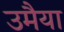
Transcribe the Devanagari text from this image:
उमैया